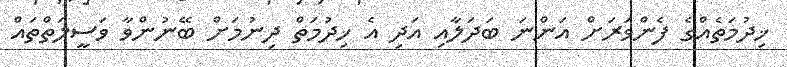
ޚިދުމަތެއްގެ ފެންވަރަށް އަންނަ ބަދަލާއި އަދި އެ ޚިދުމަތް ދިނުމަށް ބޭނުންވާ ވަސީލަތްތައް